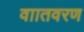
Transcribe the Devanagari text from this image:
वाातवरण